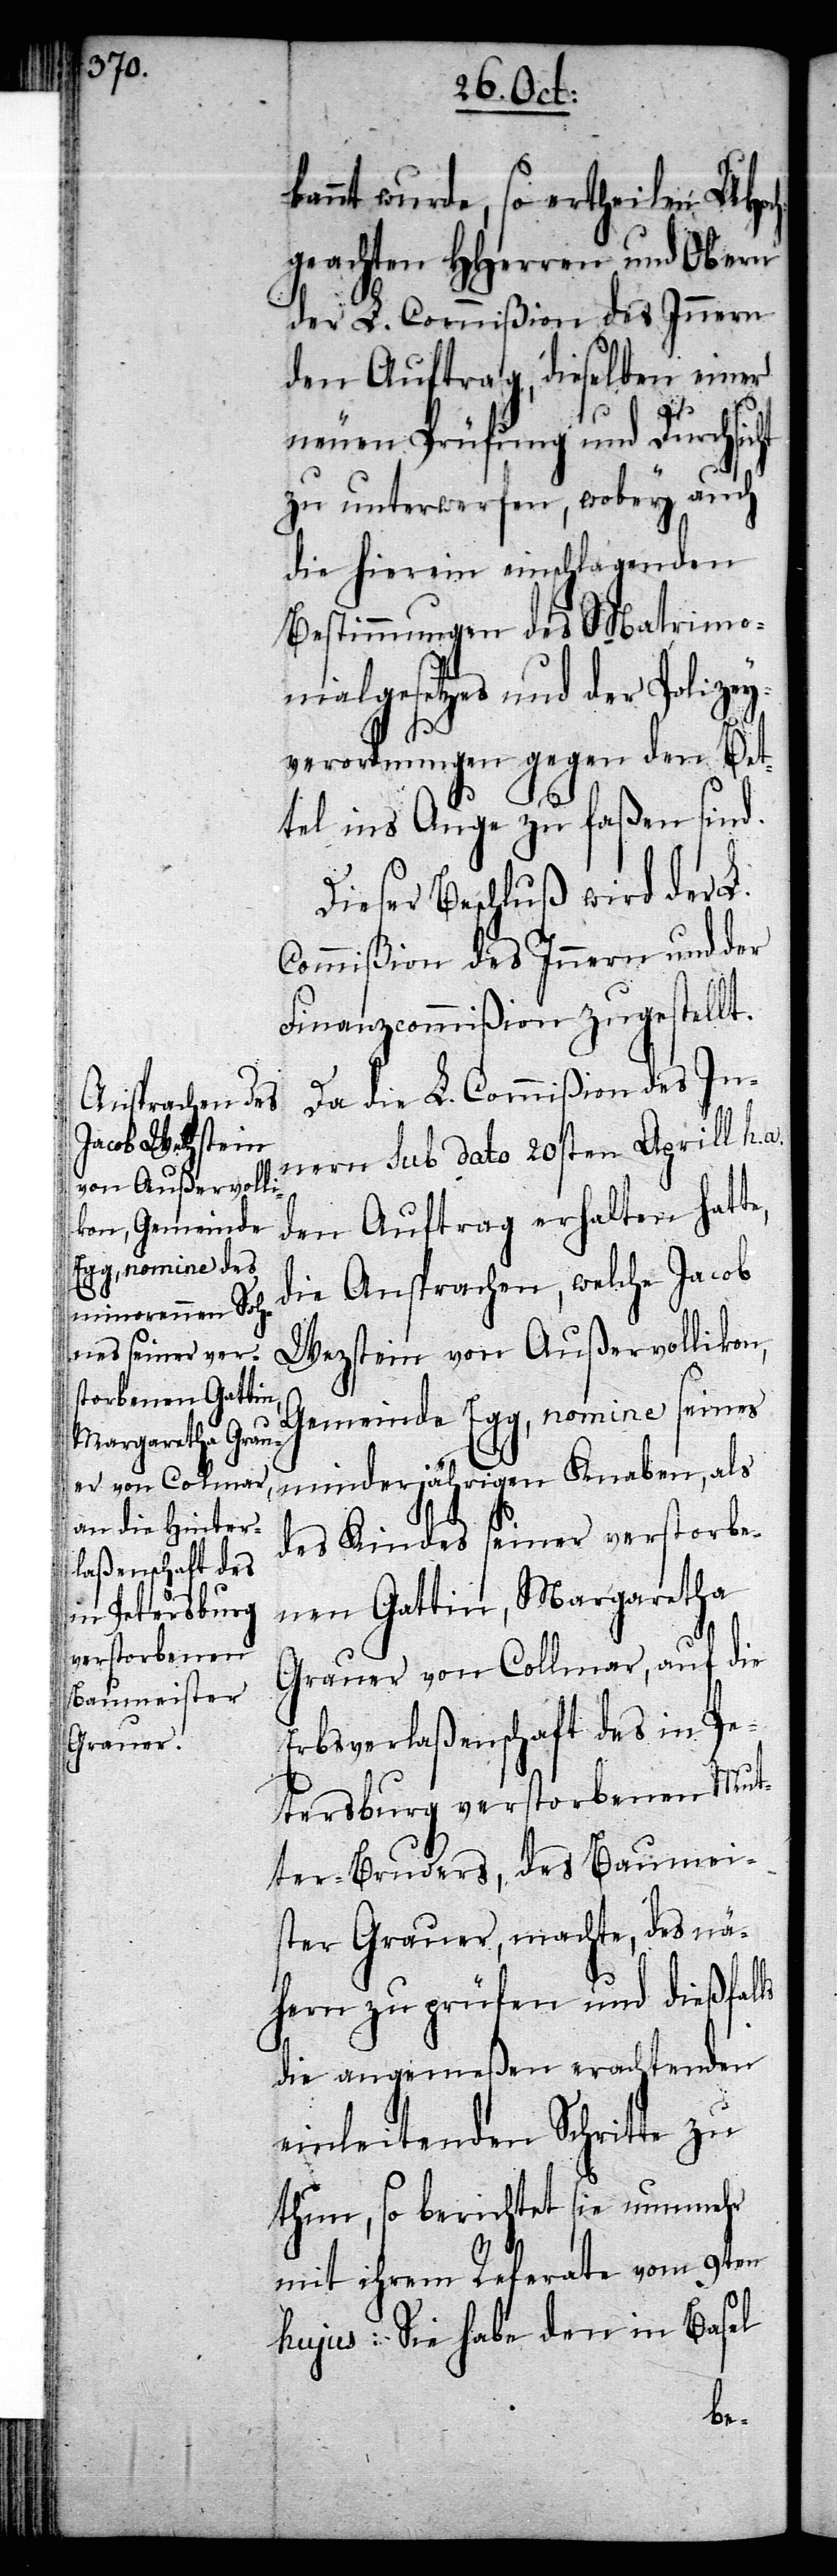
kannt wurde, so ertheilen UHoc¬
hgeachten HHerren und Obern
der L. Commißion des Innern
den Auftrag, dieselben einer
neuen Prüfung und Durchsicht
zu unterwerfen, wobey auch
die hierein einschlagenden
Bestimmungen des Matrimo¬
nialgesetzes und der Polizey¬
verordnungen gegen den Bet¬
tel ins Auge zu faßen sind.
Dieser Beschluß wird der L.
Commißion des Innern und der
Finanzcommißion zugestellt.
Da die L. Commißion des In¬
nern sub dato 20sten Aprill h. a.
den Auftrag erhalten hatte,
die Ansprachen, welche Jacob
Wezstein von Außervollikon,
Gemeinde Egg, nomine seines
minderjährigen Knaben, als
des Kindes seiner verstorbe¬
nen Gattin, Margaretha
Grauer von Collmar, auf die
Erbsverlaßenschaft des in Pe¬
tersburg verstorbenen Mut¬
ter-Bruders, des Baumei¬
ster Grauer, machte, des nä¬
hern zu prüfen und dießfalls
die angemeßen erachtenden
einleitenden Schritte zu
thun, so berichtet sie nunmehr
mit ihrem Referate vom 9ten
hujus: Sie habe den in Basel